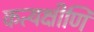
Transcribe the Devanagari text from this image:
कत्यक्षीणि